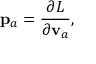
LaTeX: { \bf p } _ { a } = \frac { \partial L } { \partial { \bf v } _ { a } } ,